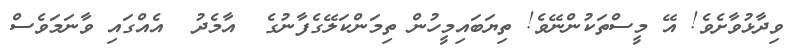
ވިދާޅުވާށެވެ! އޭ މީސްތަކުންނޭވެ! ތިޔަބައިމީހުން ތިމަންކަލޭގެފާނުގެ  އާމެދު  އެއްގައި ވާނަމަވެސް